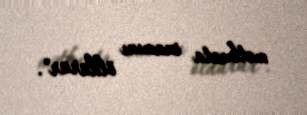
mətbuata inamını öldürür".